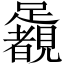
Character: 𨇛